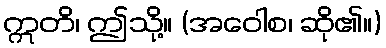
ဣတိ၊ ဤသို့။ (အဝေါစ၊ ဆို၏။)